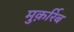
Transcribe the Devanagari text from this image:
मुक़र्रिब